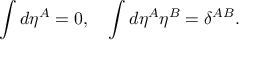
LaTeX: \int d \eta ^ { A } = 0 , \quad \int d \eta ^ { A } \eta ^ { B } = \delta ^ { A B } .